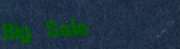
Big Sale